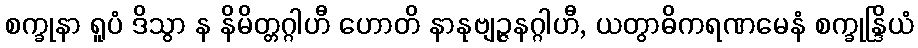
စက္ခုနာ ရူပံ ဒိသွာ န နိမိတ္တဂ္ဂါဟီ ဟောတိ နာနုဗျဉ္ဇနဂ္ဂါဟီ, ယတွာဓိကရဏမေနံ စက္ခုန္ဒြိယံ